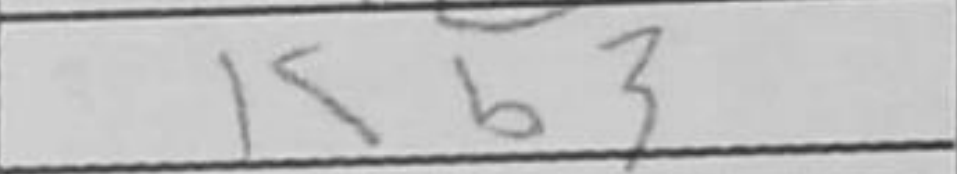
Transcription: Kf2